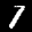
Label: 1